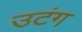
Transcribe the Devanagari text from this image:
उटंग